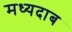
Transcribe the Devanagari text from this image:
मध्यदाब